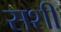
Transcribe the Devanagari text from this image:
सशी